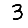
Digit: 3